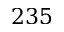
2 3 5